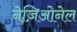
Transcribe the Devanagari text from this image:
नेज़िओनेल